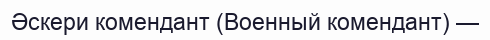
Әскери комендант (Военный комендант) —